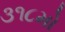
૩૧૮મો